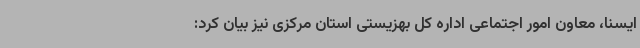
ایسنا، معاون امور اجتماعی اداره کل بهزیستی استان مرکزی نیز بیان کرد: